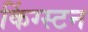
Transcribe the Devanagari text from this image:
किंग्‍स्‍टन